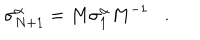
\sigma _ { N + 1 } ^ { \alpha } = M \sigma _ { 1 } ^ { \alpha } M ^ { - 1 } .